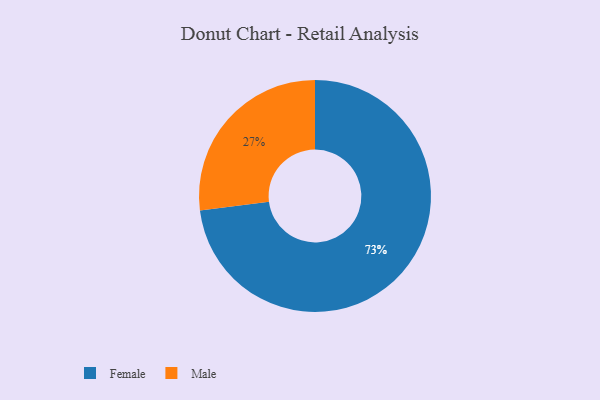
{"axis": {"x": "Category", "y": "Percentage"}, "legend": ["Female", "Male"], "data": [{"x": "Female", "y": 73, "type": "Female"}, {"x": "Male", "y": 27, "type": "Male"}]}